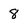
Character: 8